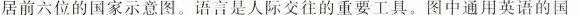
居前六位的国家示意图。语言是人际交往的重要工具。图中通用英语的国